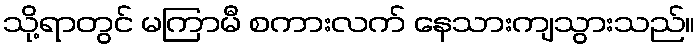
သို့ရာတွင် မကြာမီ စကားလက် နေသားကျသွားသည်။